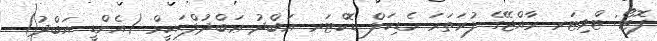
ފޮޓޯ: ޓްވިޓަރ ރާއްޖޭގެ ފުރަތަމަ މެޑިކަލް ޑޮކްޓަރ ޢަބްދު ޢަބްދުލްޙަކީމް (އެންޑީ އަބްދު)